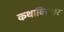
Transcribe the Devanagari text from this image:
कथाविस्तार